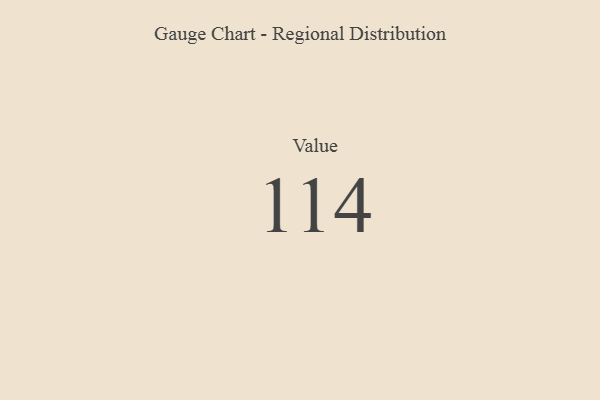
{"axis": {"x": "Metric", "y": "Value"}, "legend": [""], "data": [{"x": "Value", "y": 114, "type": ""}]}